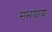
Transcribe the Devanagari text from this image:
समयाय